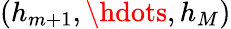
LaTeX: (h_{m+1},\hdots,h_{M})